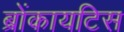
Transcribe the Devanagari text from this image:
ब्रोंकायटिस